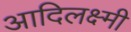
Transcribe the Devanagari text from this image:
आदिलक्ष्मी